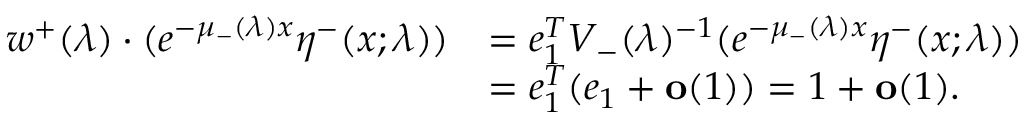
\begin{array} { r l } { w ^ { + } ( \lambda ) \cdot ( e ^ { - \mu _ { - } ( \lambda ) x } \eta ^ { - } ( x ; \lambda ) ) } & { = e _ { 1 } ^ { T } V _ { - } ( \lambda ) ^ { - 1 } ( e ^ { - \mu _ { - } ( \lambda ) x } \eta ^ { - } ( x ; \lambda ) ) } \\ & { = e _ { 1 } ^ { T } ( e _ { 1 } + \mathbf { o } ( 1 ) ) = 1 + \mathbf { o } ( 1 ) . } \end{array}